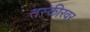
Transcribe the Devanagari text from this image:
तस्कीरवर